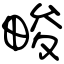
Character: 畯